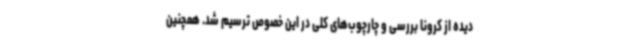
دیده از کرونا بررسی و چارچوب‌های کلی در این خصوص ترسیم شد. همچنین